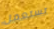
تستعمل